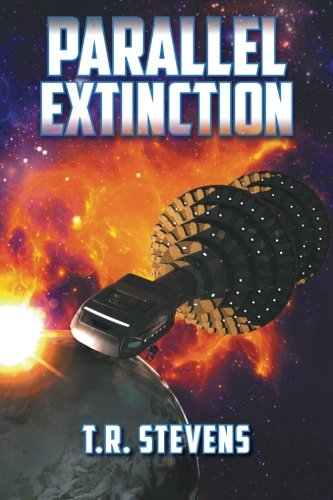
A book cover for Parallel Extinction; T.R Stevens; Science Fiction & Fantasy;